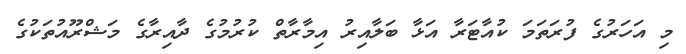
މި އަހަރުގެ ފުރަތަމަ ކުއާޓަރާ އަޅާ ބަލާއިރު އިމާރާތް ކުރުމުގެ ދާއިރާގެ މަޝްރޫއުތަކުގެ